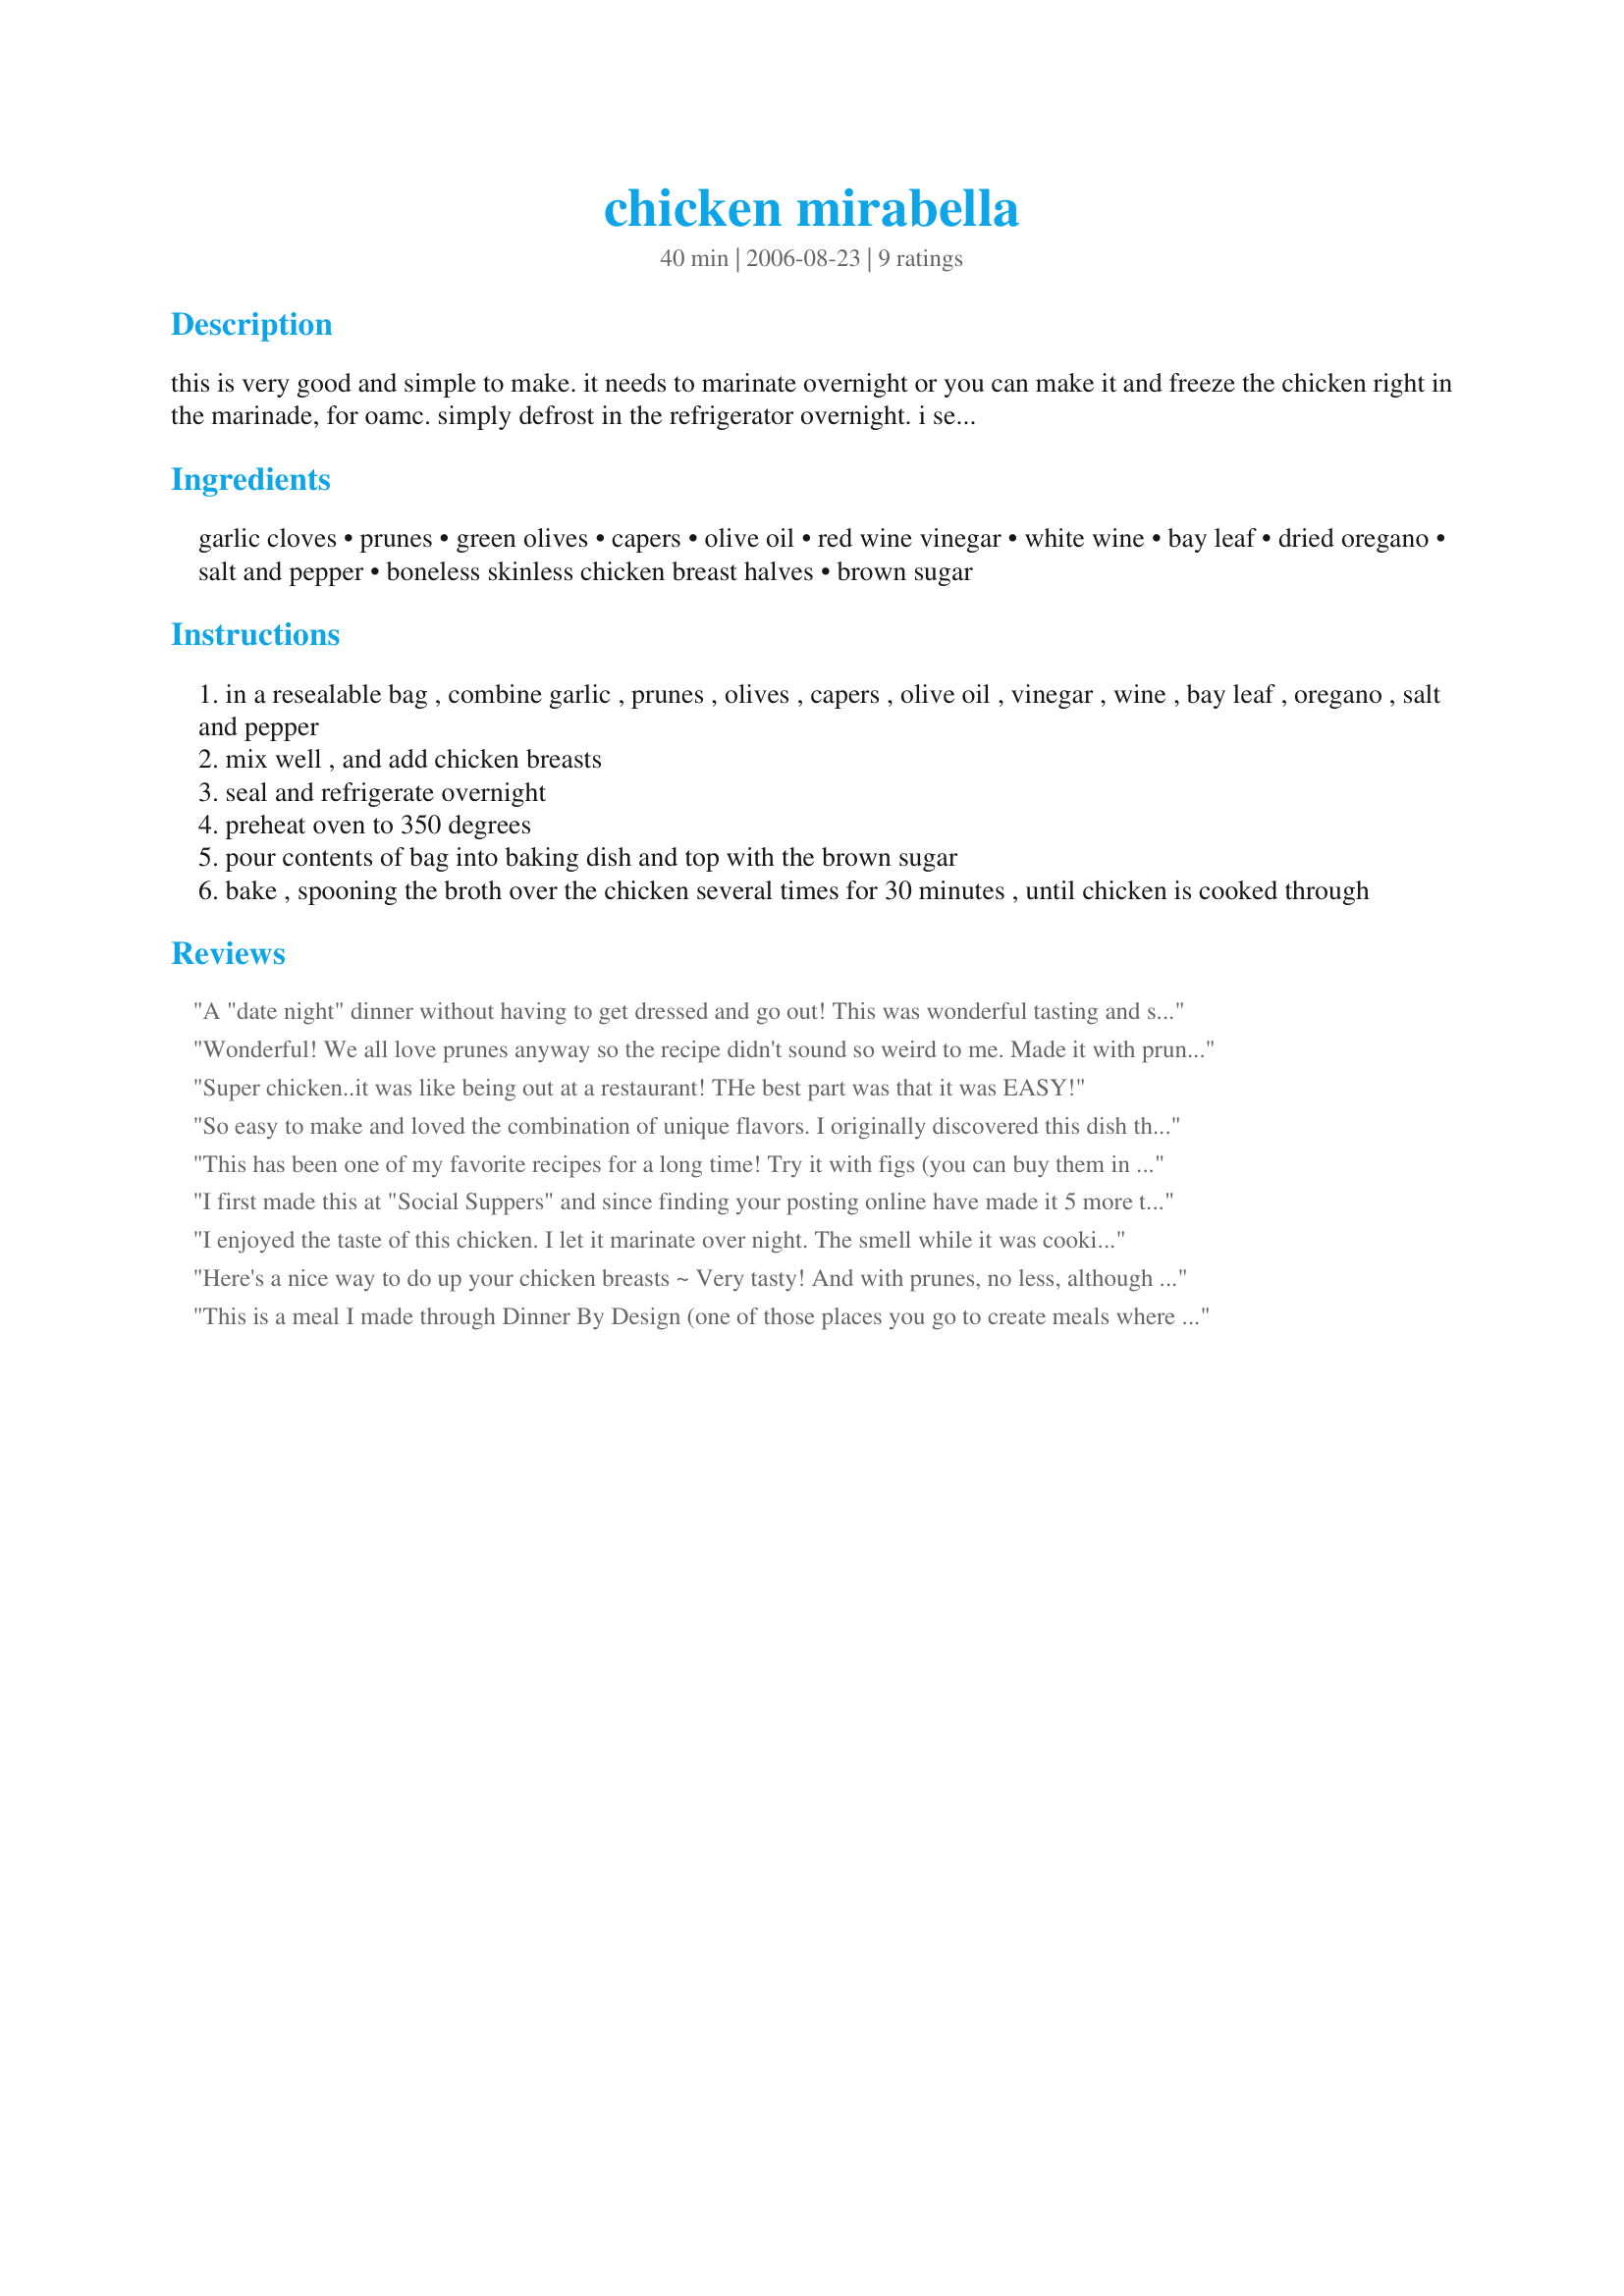
chicken mirabella
Preparation time: 40 minutes

this is very good and simple to make. it needs to marinate overnight or you can make it and freeze the chicken right in the marinade, for oamc. simply defrost in the refrigerator overnight. i serve this over couscous, and spoon the broth over the top.
note: no need to keep the brown sugar separate, it can be included right into the marinade.

Ingredients:
garlic cloves, prunes, green olives, capers, olive oil, red wine vinegar, white wine, bay leaf, dried oregano, salt and pepper, boneless skinless chicken breast halves, brown sugar

Steps:
in a resealable bag , combine garlic , prunes , olives , capers , olive oil , vinegar , wine , bay leaf , oregano , salt and pepper
mix well , and add chicken breasts
seal and refrigerate overnight
preheat oven to 350 degrees
pour contents of bag into baking dish and top with the brown sugar
bake , spooning the broth over the chicken several times for 30 minutes , until chicken is cooked through

Reviews:
A "date night" dinner without having to get dressed and go out! This was wonderful tasting and super easy preparation. I served it with plain cous-cous and green beans #162873. A simply fabulous dinner. Thanks for sharing, Recipe Reader!
Wonderful! We all love prunes anyway so the recipe didn't sound so weird to me. Made it with prunes and once with figs...prunes are better. This time I'm doubling the liquid to make more sauce. Also doubled the capers 'cause I love capers! This is very good on rice.
Super chicken..it was like being out at a restaurant! THe best part was that it was EASY!
So easy to make and loved the combination of unique flavors. I originally discovered this dish through Dream Dinners and have to admit it's spot on. <br/>Instead of adding the ingredients whole (i.e. plums & olives), I chopped them all up to mix better.<br/><br/>UPDATE- I was too lazy to let all the ingredients marinate and then cook the next day, so I threw everything in the crock pot for a few hours (I quadrupled at least all the ingredients apart from the chicken to make it more like a tagine). When it was finished I shredded the chicken and it was absolutely AMAZING!! I will definitely only cook it this way from now on.
This has been one of my favorite recipes for a long time! Try it with figs (you can buy them in a bag near the dried fruit) - it is so much better than the prunes.
I first made this at "Social Suppers" and since finding your posting online have made it 5 more times. It is SO easy and there is virtually no cleanup. My only problem is that I have to buy a bag of prunes that I never end up knowing what to do with afterwards! Thanks for the recipe. This is so delicious served over noodles with some fresh asiago. (I also use about 4 cloves of garlic and 2 tablespoons capers-- I really like tangy flavors.)
I enjoyed the taste of this chicken. I let it marinate over night. The smell while it was cooking was wonderful and the chicken was very moist and delicious. I liked the taste of the olives with the chicken, but I didn't care for the taste of the prunes with it. (And I like prunes). I'll still use them in the marinade, just won't eat them with the chicken:). Made for PRMR tag.
Here's a nice way to do up your chicken breasts ~ Very tasty! And with prunes, no less, although I like to think of them as dried plums! Followed your recipe right down the line & was not disappointed! Many thanks for posting! [Tagged, made & reviewed in Please Review My Recipe cooking game]
This is a meal I made through Dinner By Design (one of those places you go to create meals where they do all the prep and clean up). This was a keeper, we all loved it. I couldn't remember exectly what had gone into it, but this is it! I left out the green olives, but that is by personal preference. The prunes sound a little strange, and actually eating them was a little, but they added wonderful flavor to the sauce.
